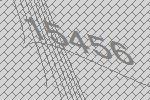
15456